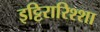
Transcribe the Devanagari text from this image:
इट्टिरारिश्शा